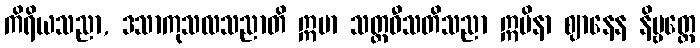
ကိရိယသညာ, ဒသာကုသလသညာတိ ဣမာ သတ္တဝီသတိသညာ ဣမိနာ ဈာနေန နိဗ္ဗတ္တေ